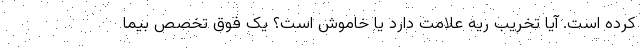
کرده است. آیا تخریب ریه علامت دارد یا خاموش است؟ یک فوق تخصص بیما